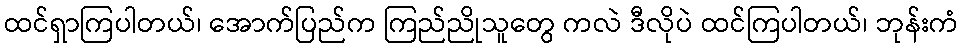
ထင်ရှာကြပါတယ်၊ အောက်ပြည်က ကြည်ညိုသူတွေ ကလဲ ဒီလိုပဲ ထင်ကြပါတယ်၊ ဘုန်းကံ